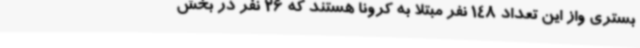
بستری واز این تعداد 148 نفر مبتلا به کرونا هستند که 26 نفر در بخش